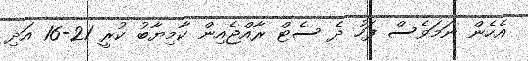
އެހެން ނަމަވެސް ފަހު ދެ ސެޓް ރާއްޖެއިން ކާމިޔާބު ކުރީ 21-16 އަދި